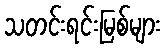
သတင်းရင်းမြစ်များ